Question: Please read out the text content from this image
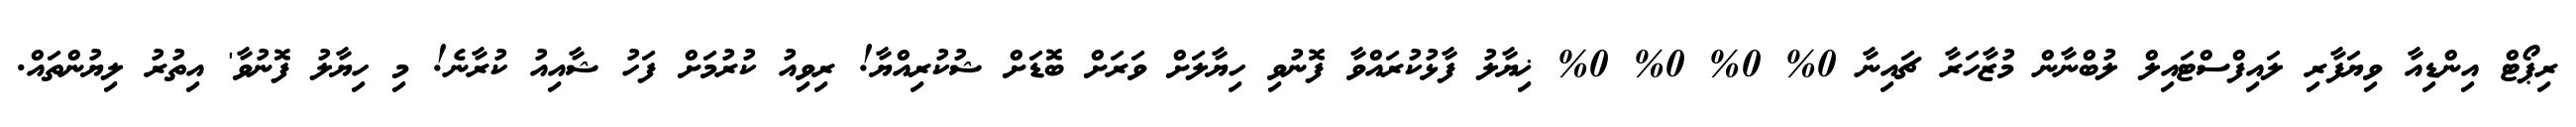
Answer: ރިޕޯޓް އިންޑިއާ ވިޔަފާރި ލައިފްސްޓައިލް ލުބްނާން މުޒާހަރާ ޗައިނާ 0% 0% 0% 0% ޚިޔާލު ފާޅުކުރައްވާ ފޮނުވި ހިޔާލަށް ވަރަށް ބޮޑަށް ޝުކުރިއްޔާ! ރިވިއު ކުރުމަށް ފަހު ޝާއިއު ކުރާނެ! މި ހިޔާލު ފޮނުވާ' އިތުރު ލިޔުންތައް.